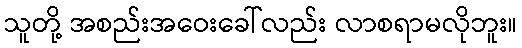
သူတို့ အစည်းအဝေးခေါ်လည်း လာစရာမလိုဘူး။